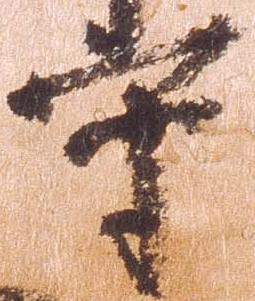
守